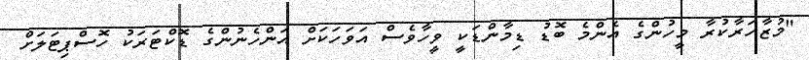
"މުޒާހަރާކުރާ މީހުންގެ އެންމެ ބޮޑު ޑިމާންޑަކީ ވީހާވެސް އަވަހަކަށް އަންހެނުންގެ ޑޮކްޓަރަކު ހޮސްޕިޓަލަށް